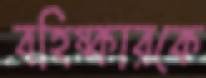
বহিষ্কারকে